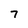
Character: 7